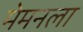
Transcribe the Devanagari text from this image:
मेमनला